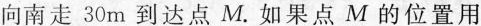
向南走30m到达点M。如果点M的位置用